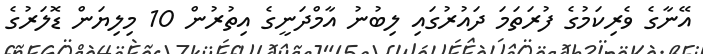
އޭނާގެ ވެރިކަމުގެ ފުރަތަމަ ދައުރުގައި ލިބުނު އާމްދަަނީގެ އިތުރުން 10 މިލިޔަން ޑޮލަރުގެ